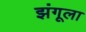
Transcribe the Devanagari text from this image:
झंगूला